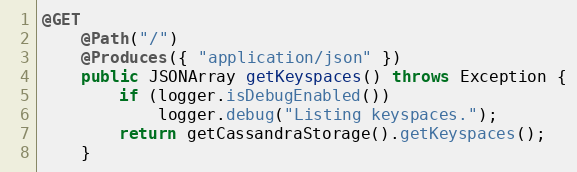
Language: Java
@GET
	@Path("/")
	@Produces({ "application/json" })
	public JSONArray getKeyspaces() throws Exception {
		if (logger.isDebugEnabled())
			logger.debug("Listing keyspaces.");
		return getCassandraStorage().getKeyspaces();
	}